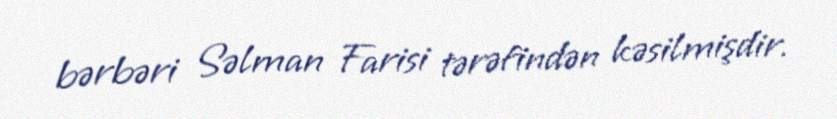
bərbəri Səlman Farisi tərəfindən kəsilmişdir.